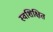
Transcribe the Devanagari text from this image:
स्वशिक्षित